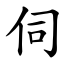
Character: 伺